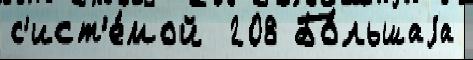
с'ист'е́мой  208 Бо́льшаjа